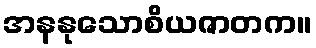
အနနုသောစိယဇာတက။